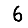
Digit: 6